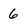
Character: 6